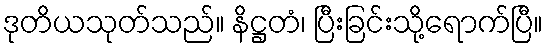
ဒုတိယသုတ်သည်။ နိဋ္ဌတံ၊ ပြီးခြင်းသို့ရောက်ပြီ။